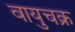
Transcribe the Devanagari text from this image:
वायुचक्र